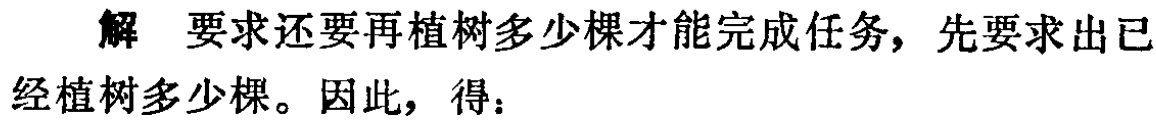
解 要求还要再植树多少棵才能完成任务，先要求出已经植树多少棵。因此，得：